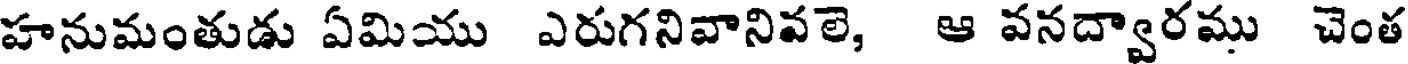
హనుమంతుడు ఏమియు ఎరుగనివానివలె, ఆ వనద్వారము చెంత